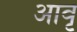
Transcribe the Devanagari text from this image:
आवृ